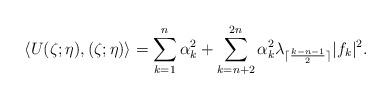
LaTeX: \begin{align*} \langle U(\zeta;\eta),(\zeta;\eta) \rangle =\sum \limits_{k=1}^{n} \alpha _k^2 +\sum \limits_{k=n+2}^{2n} \alpha _k^2 \lambda _{\lceil \frac{k-n-1}{2} \rceil}|f_k|^2.\end{align*}